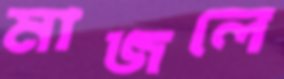
মাজলে